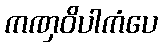
ကဏှဝိပါကံပေ